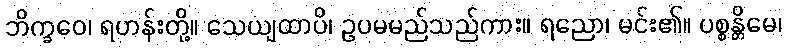
ဘိက္ခဝေ၊ ရဟန်းတို့။ သေယျထာပိ၊ ဥပမမည်သည်ကား။ ရညော၊ မင်း၏။ ပစ္စန္တိမေ၊